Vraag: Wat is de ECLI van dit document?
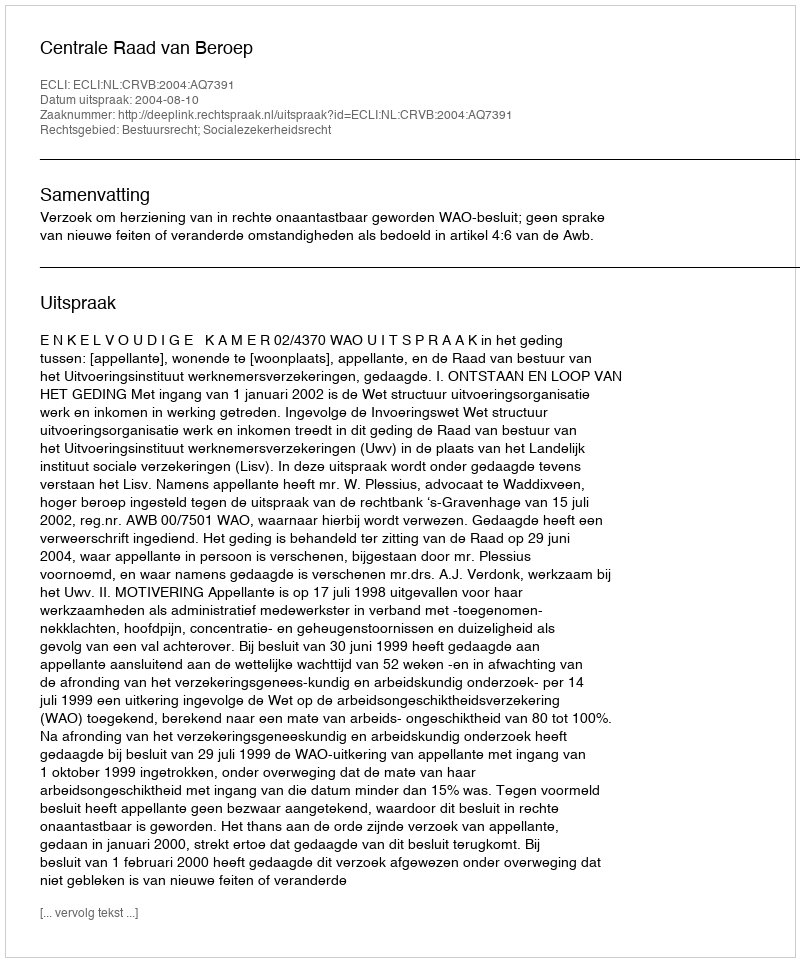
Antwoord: ECLI:NL:CRVB:2004:AQ7391